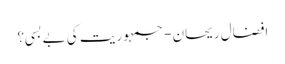
افضال ریحان - جمہوریت کی بے بسی؟